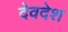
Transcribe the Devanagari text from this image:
देवदेश